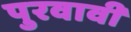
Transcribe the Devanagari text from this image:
पुरवावी